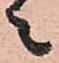
々